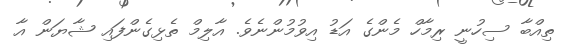
ތިއްބާ ސިހުނީ ރިމާހް މެންގެ އަޑު އިވުމުންނެވެ. އާލިމް ތެޅިގެންފައި ޝާޔަން އާ